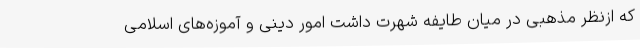
که ازنظر مذهبی در میان طایفه شهرت داشت امور دینی و آموزه‌های اسلامی